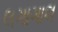
લગાગાલ